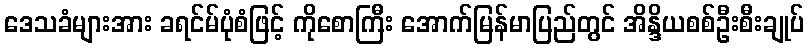
ဒေသခံများအား ခရင်မ်ပုံစံဖြင့် ကိုစောကြီး အောက်မြန်မာပြည်တွင် အိန္ဒိယစစ်ဦးစီးချုပ်